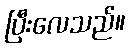
ပြီးလေသည်။